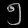
Digit: ၅